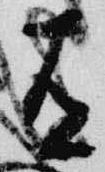
有